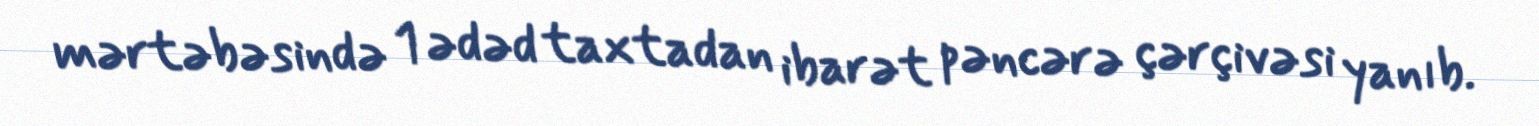
mərtəbəsində 1 ədəd taxtadan ibarət pəncərə çərçivəsi yanıb.